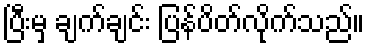
ပြီးမှ ချက်ချင်း ပြန်ပိတ်လိုက်သည်။